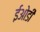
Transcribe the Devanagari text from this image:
ईओडी